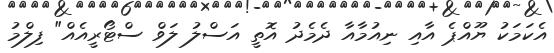
އެކަމަކު ޔޫއްޕެ އާއި ނިއުމާއާ ދެމެދު އޮތީ އަސްލު ލަވް ސްޓޯރީއެއް" ފިލްމު